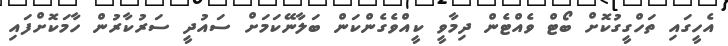
އެހީގައި ތަހްގީގުކޮށް ބޯޓް ވެއްޓެން ދިމާވީ ކީއްވެގެންކަން ބަލާނޭކަމަށް ސައުދީ ސަރުކާރުން ހާމަކޮށްފައި